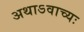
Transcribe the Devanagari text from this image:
अथाऽवाच्यः